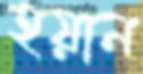
হয়ান